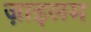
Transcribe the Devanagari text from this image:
ज़ाइलम